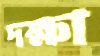
দক্ষা